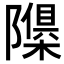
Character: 𮥬